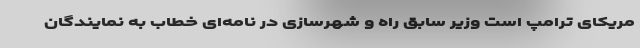
مریکای ترامپ است وزیر سابق راه و شهرسازی در نامه‌ای خطاب به نمایندگان